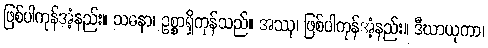
ဖြစ်ပါကုန်အံ့နည်း။ သဓနာ၊ ဥစ္စာရှိကုန်သည်။ အဿု၊ ဖြစ်ပါကုန်အံ့နည်း။ ဒီဃာယုကာ၊